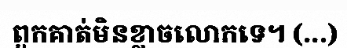
ពួកគាត់មិនខ្លាចលោកទេ។ (...)